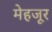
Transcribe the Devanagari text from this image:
मेहजूर